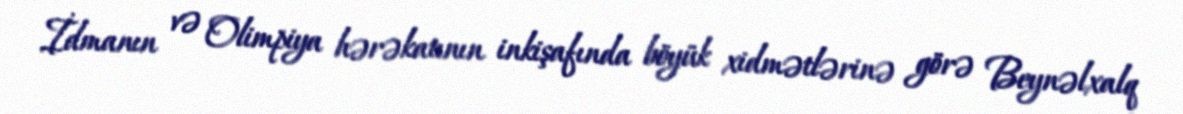
İdmanın və Olimpiya hərəkatının inkişafında böyük xidmətlərinə görə Beynəlxalq